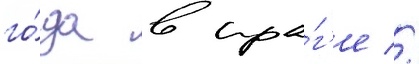
го́да в пра́г'е //